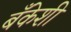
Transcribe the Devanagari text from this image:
बँकेशी